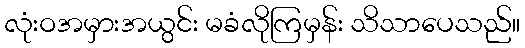
လုံးဝအမှားအယွင်း မခံလိုကြမှန်း သိသာပေသည်။